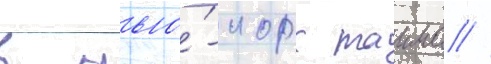
в нью́-иорк таимс //